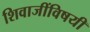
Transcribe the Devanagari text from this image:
शिवाजींविषयी